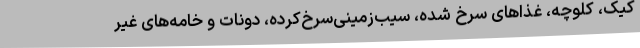
کیک، کلوچه، غذاهای سرخ شده، سیب‌زمینی‌سرخ‌کرده، دونات و خامه‌های غیر